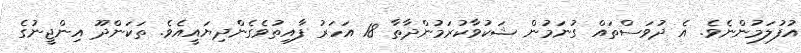
އުފުލަމުންނެވެ. އެ ދުވަސްތައް ގުނަމުން ޝަކުވާކުރަމުންދާތާ 18 އަހަރު ފާއިތުވެގެންދިޔައީއެވެ. ތަކަންދޫ އިންޖީނުގެ